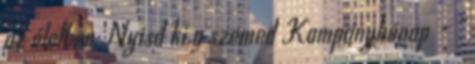
az életben Nyisd ki a szemed Kampányhónap – „